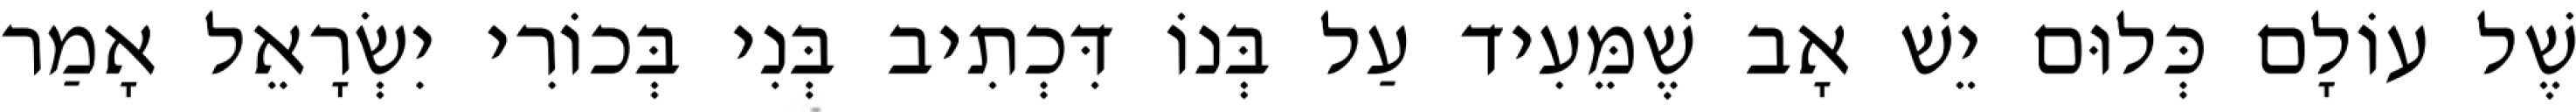
שֶׁל עוֹלָם כְּלוּם יֵשׁ אָב שֶׁמֵּעִיד עַל בְּנוֹ דִּכְתִיב בְּנִי בְּכוֹרִי יִשְׂרָאֵל אָמַר